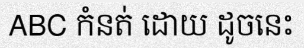
ABC កំនត់ ដោយ ដូចនេះ